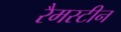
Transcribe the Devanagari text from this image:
रैमस्टीन